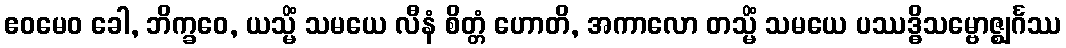
ဧဝမေဝ ခေါ, ဘိက္ခဝေ, ယသ္မိံ သမယေ လီနံ စိတ္တံ ဟောတိ, အကာလော တသ္မိံ သမယေ ပဿဒ္ဓိသမ္ဗောဇ္ဈင်္ဂဿ